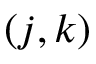
\left( { j , k } \right)